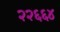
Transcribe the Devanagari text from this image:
२२६६४